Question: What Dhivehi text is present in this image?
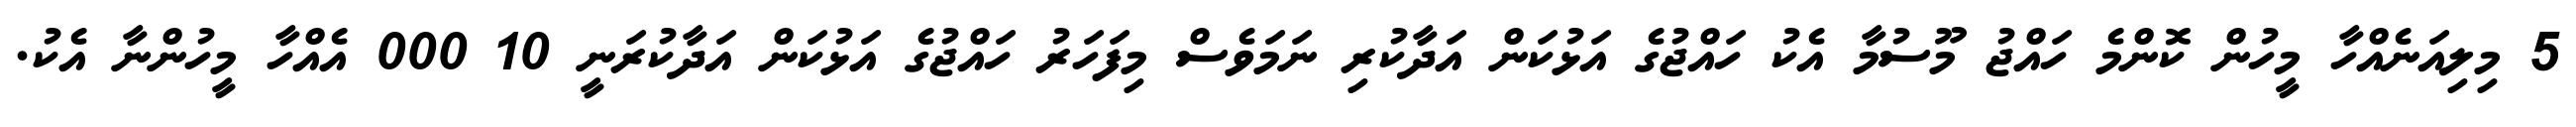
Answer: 5 މިލިއަނެއްހާ މީހުން ކޮންމެ ހައްޖު މޫސުމާ އެކު ހައްޖުގެ އަޅުކަން އަދާކުރި ނަމަވެސް މިފަހަރު ހައްޖުގެ އަޅުކަން އަދާކުރަނީ 10 000 އެއްހާ މީހުންނާ އެކު.